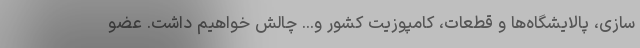
سازی، پالایشگاه‌ها و قطعات، کامپوزیت کشور و... چالش خواهیم داشت. عضو